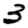
Digit: 3